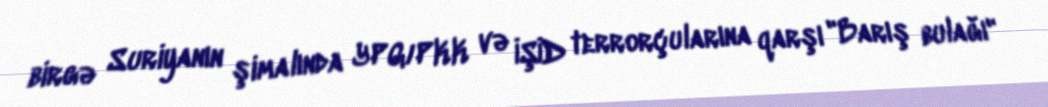
birgə Suriyanın şimalında YPG/PKK və İŞİD terrorçularına qarşı "Barış bulağı"